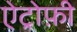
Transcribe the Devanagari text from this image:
ऐट्रोफ़ी